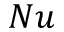
N u